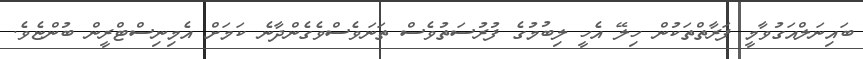
ބައިނަލްއަގުވާމީ ފަރާތްތަކުން ހިލޭ އެހީ ލިބުމުގެ ފުރުސަތުވެސް ތަނަވެސްވެގެންދާނެ ކަމަށް އެމިނިސްޓްރީން ބުންޏެވެ.